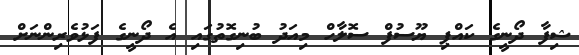
ޝިފާ ދޯނީގެ ކައްޕި ޔޫސުފް ސޮލާހް މިއަދު ބުނިގޮތުގައި އެ ދޯނީގެ ފަޅުވެރިންނަށް